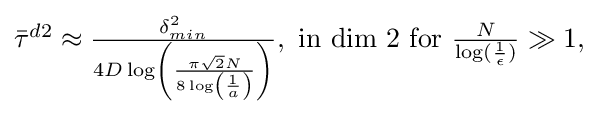
{\textstyle {\bar {\tau }}^{d2}\approx {\frac {\delta _{min}^{2}}{4D\log \left({\frac {\pi {\sqrt {2}}N}{8\log \left({\frac {1}{a}}\right)}}\right)}},{\hbox{ in  dim 2 for }}{\frac {N}{\log({\frac {1}{\epsilon }})}}\gg 1,}